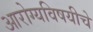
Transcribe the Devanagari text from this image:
आरोग्यविषयीचे